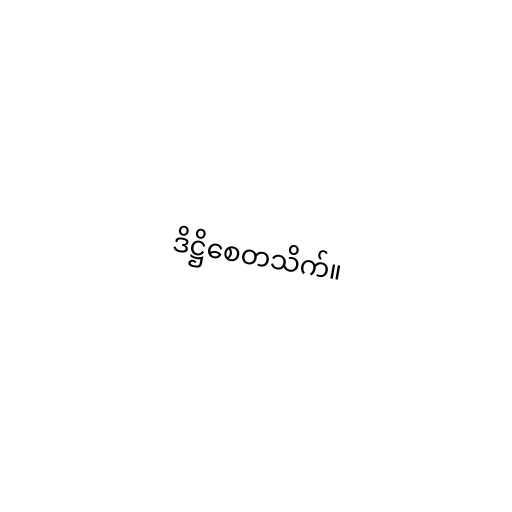
ဒိဋ္ဌိစေတသိက်။